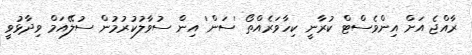
ރާއްޖެ އަށް އިންވެސްޓް ކުރާނީ ކިހާވަރެއްތޯ 'ސަން' އިން ސުވާލުކުރުމުން ސުލޭއަމް ވިދާޅުވީ